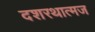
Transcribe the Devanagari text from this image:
दशरथात्मज